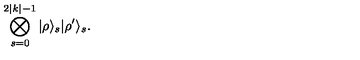
\bigotimes _ { s = 0 } ^ { 2 | k | - 1 } | \rho \rangle _ { s } | \rho ^ { \prime } \rangle _ { s } .